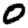
Digit: 0